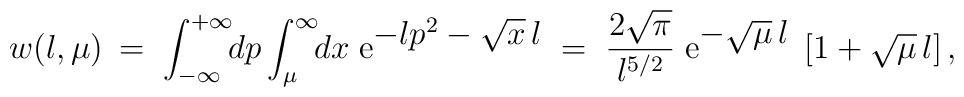
w(l,\mu) \:=\; \int_{-\infty}^{+\infty}\!\! dp \int_{\mu}^{\infty}\!\! dx          \; {\rm e}^{\textstyle -lp^2 -\sqrt{x}\,l}       \;=\; \frac{2\sqrt{\pi}}{l^{5/2}} \;           {\rm e}^{\textstyle -\sqrt{\mu}\,l}          \; \left[ 1 + \sqrt{\mu}\,l \right],